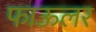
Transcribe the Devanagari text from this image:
फाऊलर